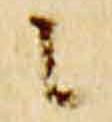
候